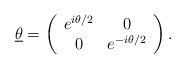
\begin{align*}\underline{\theta} = \left(\begin{array}{cc} e^{i \theta /2} & 0 \\ 0 & e^{-i \theta /2} \end{array}\right).\end{align*}